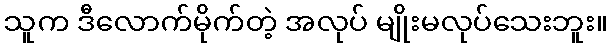
သူက ဒီလောက်မိုက်တဲ့ အလုပ် မျိုးမလုပ်သေးဘူး။